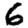
Digit: 6